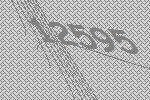
12595